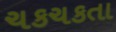
ચકચકતા